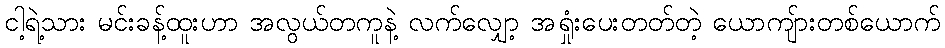
ငါ့ရဲ့သား မင်းခန့်ထူးဟာ အလွယ်တကူနဲ့ လက်လျှော့ အရှုံးပေးတတ်တဲ့ ယောကျ်ားတစ်ယောက်